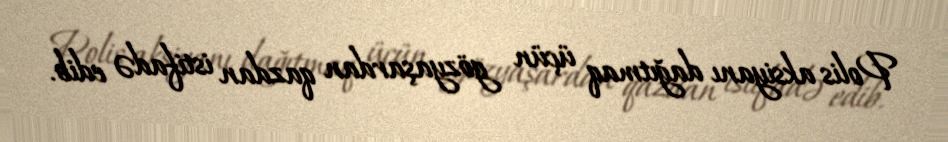
Polis aksiyanı dağıtmaq üçün gözyaşardan qazdan istifadə edib.